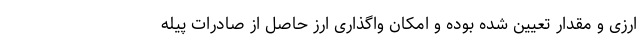
ارزی و مقدار تعیین شده بوده و امکان واگذاری ارز حاصل از صادرات پیله